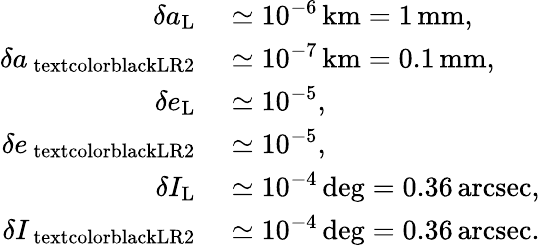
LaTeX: \begin{array}{rl}{\delta a_{\mathrm{L}}}&{{}\simeq 10^{-6}\, \mathrm{km}=1\, \mathrm{mm},}\\ {\delta a_{\mathrm{\ textcolor{black}{LR2}}}}&{{}\simeq 10^{-7}\, \mathrm{km}=0.1\, \mathrm{mm},}\\ {\delta e_{\mathrm{L}}}&{{}\simeq 10^{-5},}\\ {\delta e_{\mathrm{\ textcolor{black}{LR2}}}}&{{}\simeq 10^{-5},}\\ {\delta I_{\mathrm{L}}}&{{}\simeq 10^{-4}\, \mathrm{deg}=0.36\, \mathrm{arcsec},}\\ {\delta I_{\mathrm{\ textcolor{black}{LR2}}}}&{{}\simeq 10^{-4}\, \mathrm{deg}=0.36\, \mathrm{arcsec}.}\end{array}